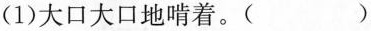
(1)大口大口地啃着。()